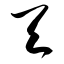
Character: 天